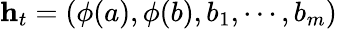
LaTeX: \mathbf{h}_{t}=(\phi(a),\phi(b),b_{1},\cdots,b_{m})